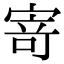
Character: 𭔃